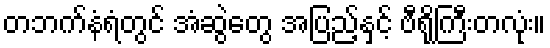
တဘက်နံရံတွင် အံဆွဲတွေ အပြည့်နှင့် ဗီရိုကြီးတလုံး။